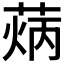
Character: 𦳼